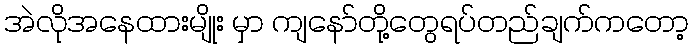
အဲလိုအနေထားမျိုး မှာ ကျနော်တို့တွေရပ်တည်ချက်ကတော့